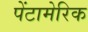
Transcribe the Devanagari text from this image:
पेंटामेरिक